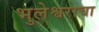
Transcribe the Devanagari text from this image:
भुलेश्वराचा